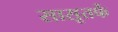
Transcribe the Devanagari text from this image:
सासूतर्फे